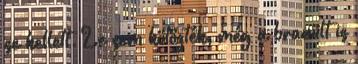
se kellett. Le sem kötözték, még a branült is